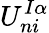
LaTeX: U_{ni}^{I\alpha}